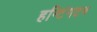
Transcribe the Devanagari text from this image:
हन्टिंगटन